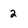
Character: 2